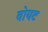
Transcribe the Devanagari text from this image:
वोयट